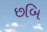
છબિ